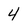
Character: 4